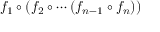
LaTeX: f _ { 1 } \circ ( f _ { 2 } \circ \cdots ( f _ { n - 1 } \circ f _ { n } ) )